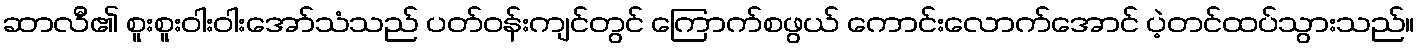
ဆာလီ၏ စူးစူးဝါးဝါးအော်သံသည် ပတ်ဝန်းကျင်တွင် ကြောက်စဖွယ် ကောင်းလောက်အောင် ပဲ့တင်ထပ်သွားသည်။